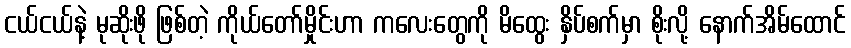
ငယ်ငယ်နဲ့ မုဆိုးဖို ဖြစ်တဲ့ ကိုယ်တော်မှိုင်းဟာ ကလေးတွေကို မိထွေး နှိပ်စက်မှာ စိုးလို့ နောက်အိမ်ထောင်